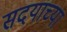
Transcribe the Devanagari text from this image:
सदयाच्या